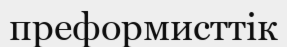
преформисттік